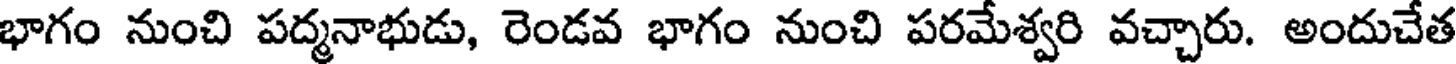
భాగం నుంచి పద్మనాభుడు, రెండవ భాగం నుంచి పరమేశ్వరి వచ్చారు. అందుచేత